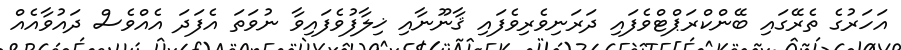
އަހަރުގެ ތެރޭގައި ބޭންކްރަޕްޓްވެފައި ދަރަނިވެރިވެފައި ޤާނޫނާއި ޚިލާފުވެފައިވާ ނުވަތަ އެފަދަ އެއްވެސް ދައުވާއެއް